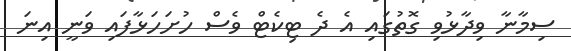
ސިމާނާ ވިދާޅުވި ގޮތުގައި އެ ދެ ޓިކެޓް ވެސް ހުށަހަޅާފައި ވަނީ އިނަ